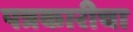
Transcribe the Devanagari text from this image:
पत्रकारीचा